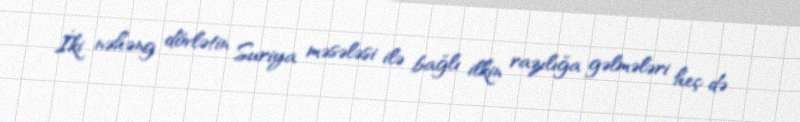
İki nəhəng dövlətin Suriya məsələsi ilə bağlı ilkin razılığa gəlmələri heç də